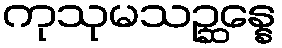
ကုသုမသဉ္ဆန္နေ